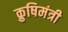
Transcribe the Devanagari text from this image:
क्रुषिमंत्री